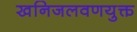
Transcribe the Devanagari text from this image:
खनिजलवणयुक्त